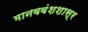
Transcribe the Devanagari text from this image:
मानववंशशास्र